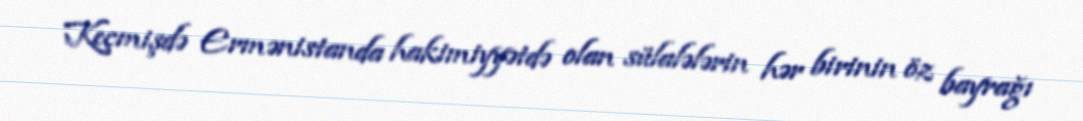
Keçmişdə Ermənistanda hakimiyyətdə olan sülalələrin hər birinin öz bayrağı